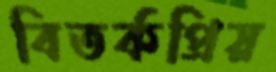
বিতর্কপ্রিয়